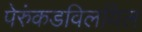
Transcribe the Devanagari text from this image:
पेरुंकडविलयिल